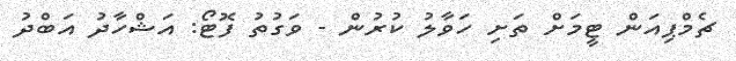
ޗެމްޕިއަން ޓީމަށް ތަށި ހަވާލު ކުރުން - ވަގުތު ފޮޓޯ: އަޝްހާދު އަބްދު